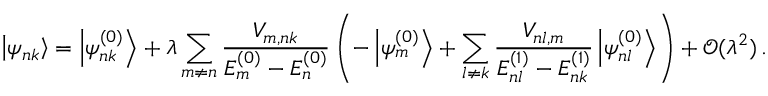
\left| \psi _ { n k } \right\rangle = \left| \psi _ { n k } ^ { ( 0 ) } \right\rangle + \lambda \sum _ { m \neq n } { \frac { V _ { m , n k } } { E _ { m } ^ { ( 0 ) } - E _ { n } ^ { ( 0 ) } } } \left( - \left| \psi _ { m } ^ { ( 0 ) } \right\rangle + \sum _ { l \neq k } { \frac { V _ { n l , m } } { E _ { n l } ^ { ( 1 ) } - E _ { n k } ^ { ( 1 ) } } } \left| \psi _ { n l } ^ { ( 0 ) } \right\rangle \right) + { \mathcal { O } } ( \lambda ^ { 2 } ) \, .